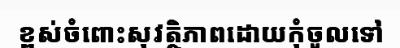
ខ្ពស់ចំពោះសុវត្ថិភាពដោយកុំចូលទៅ